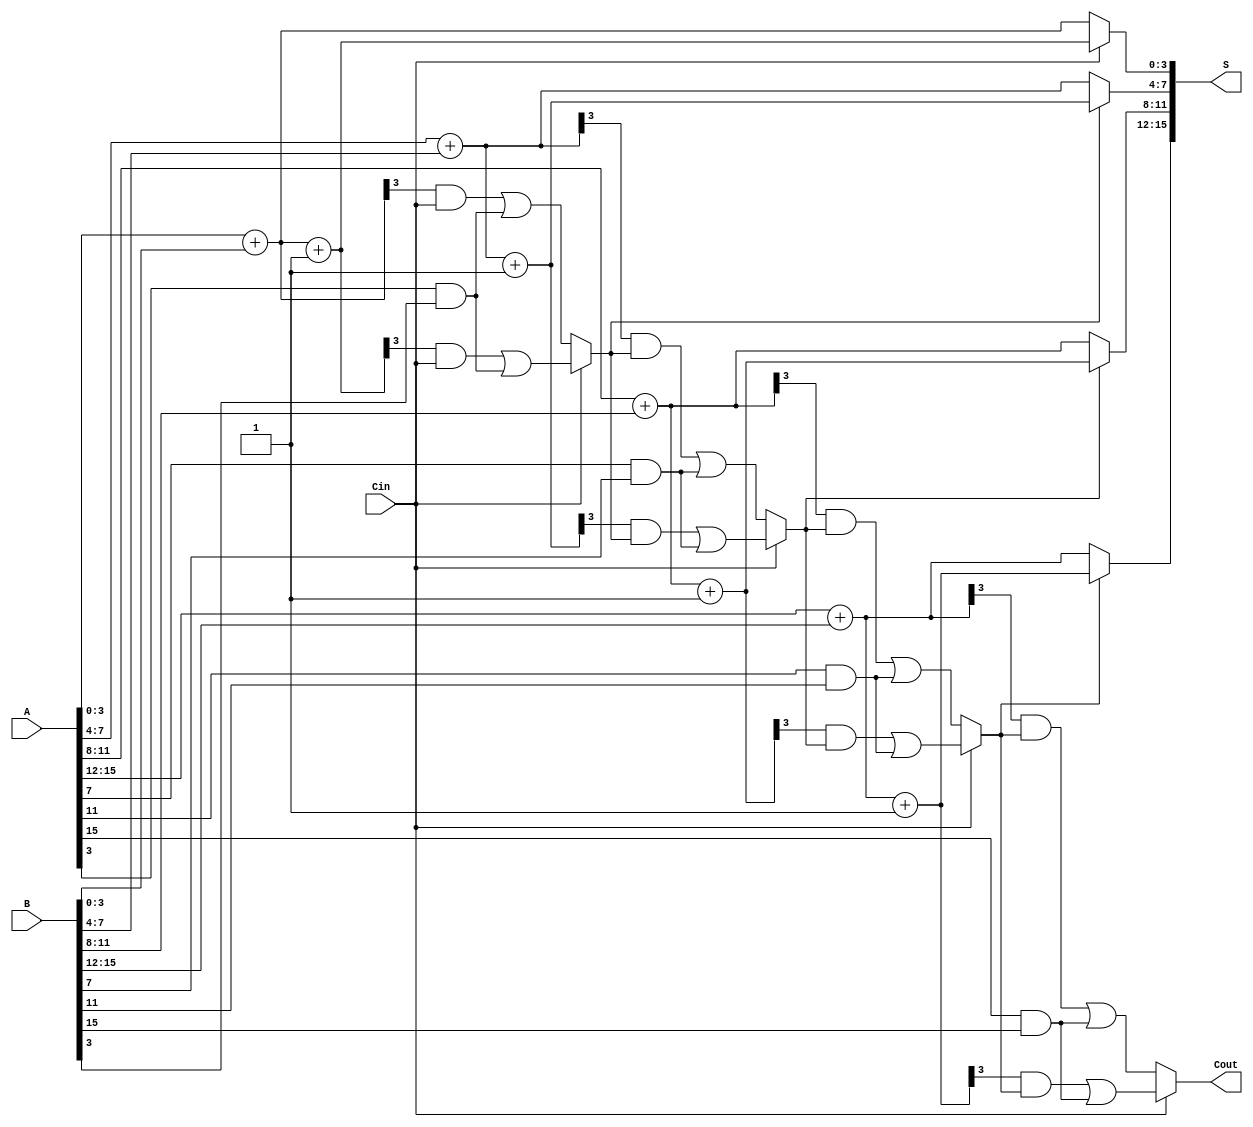
module han_carlson_adder #(parameter N = 16, // Total bit width
                            parameter M = 4)  // Segment size
(
    input  wire [N-1:0] A,     // First input
    input  wire [N-1:0] B,     // Second input
    input  wire Cin,           // Carry-in
    output wire [N-1:0] S,     // Sum output
    output wire Cout           // Carry-out output
);

    localparam NUM_SEGMENTS = N / M;
    
    wire [M-1:0] sum [0:NUM_SEGMENTS-1];
    wire [NUM_SEGMENTS:0] carry; // Carry for each segment
    
    genvar i;
    
    // Generate the segments
    generate
        for (i = 0; i < NUM_SEGMENTS; i = i + 1) begin : segment
            wire [M-1:0] a_segment = A[(i*M) +: M];
            wire [M-1:0] b_segment = B[(i*M) +: M];
            
            // Calculate sum and carry for both carry-in cases
            wire [M-1:0] sum_cin0 = a_segment + b_segment; // when Cin = 0
            wire [M-1:0] sum_cin1 = a_segment + b_segment + 1; // when Cin = 1
            
            // Carry out calculation
            wire c_out0 = (sum_cin0[M-1] & carry[i]) | (a_segment[M-1] & b_segment[M-1]);
            wire c_out1 = (sum_cin1[M-1] & carry[i]) | (a_segment[M-1] & b_segment[M-1]);
            
            // Select the correct sum based on the carry-in
            assign sum[i] = (carry[i] ? sum_cin1 : sum_cin0);
            assign carry[i+1] = (Cin ? c_out1 : c_out0);
        end
    endgenerate
    
    // Final carry-out
    assign Cout = carry[NUM_SEGMENTS];
    
    // Assign the sum outputs
    generate
        for (i = 0; i < NUM_SEGMENTS; i = i + 1) begin : sum_assign
            assign S[(i*M) +: M] = sum[i];
        end
    endgenerate
    
    // Initial carry-in assignment
    assign carry[0] = Cin;

endmodule